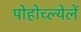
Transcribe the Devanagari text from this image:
पोहोच्ल्येलें